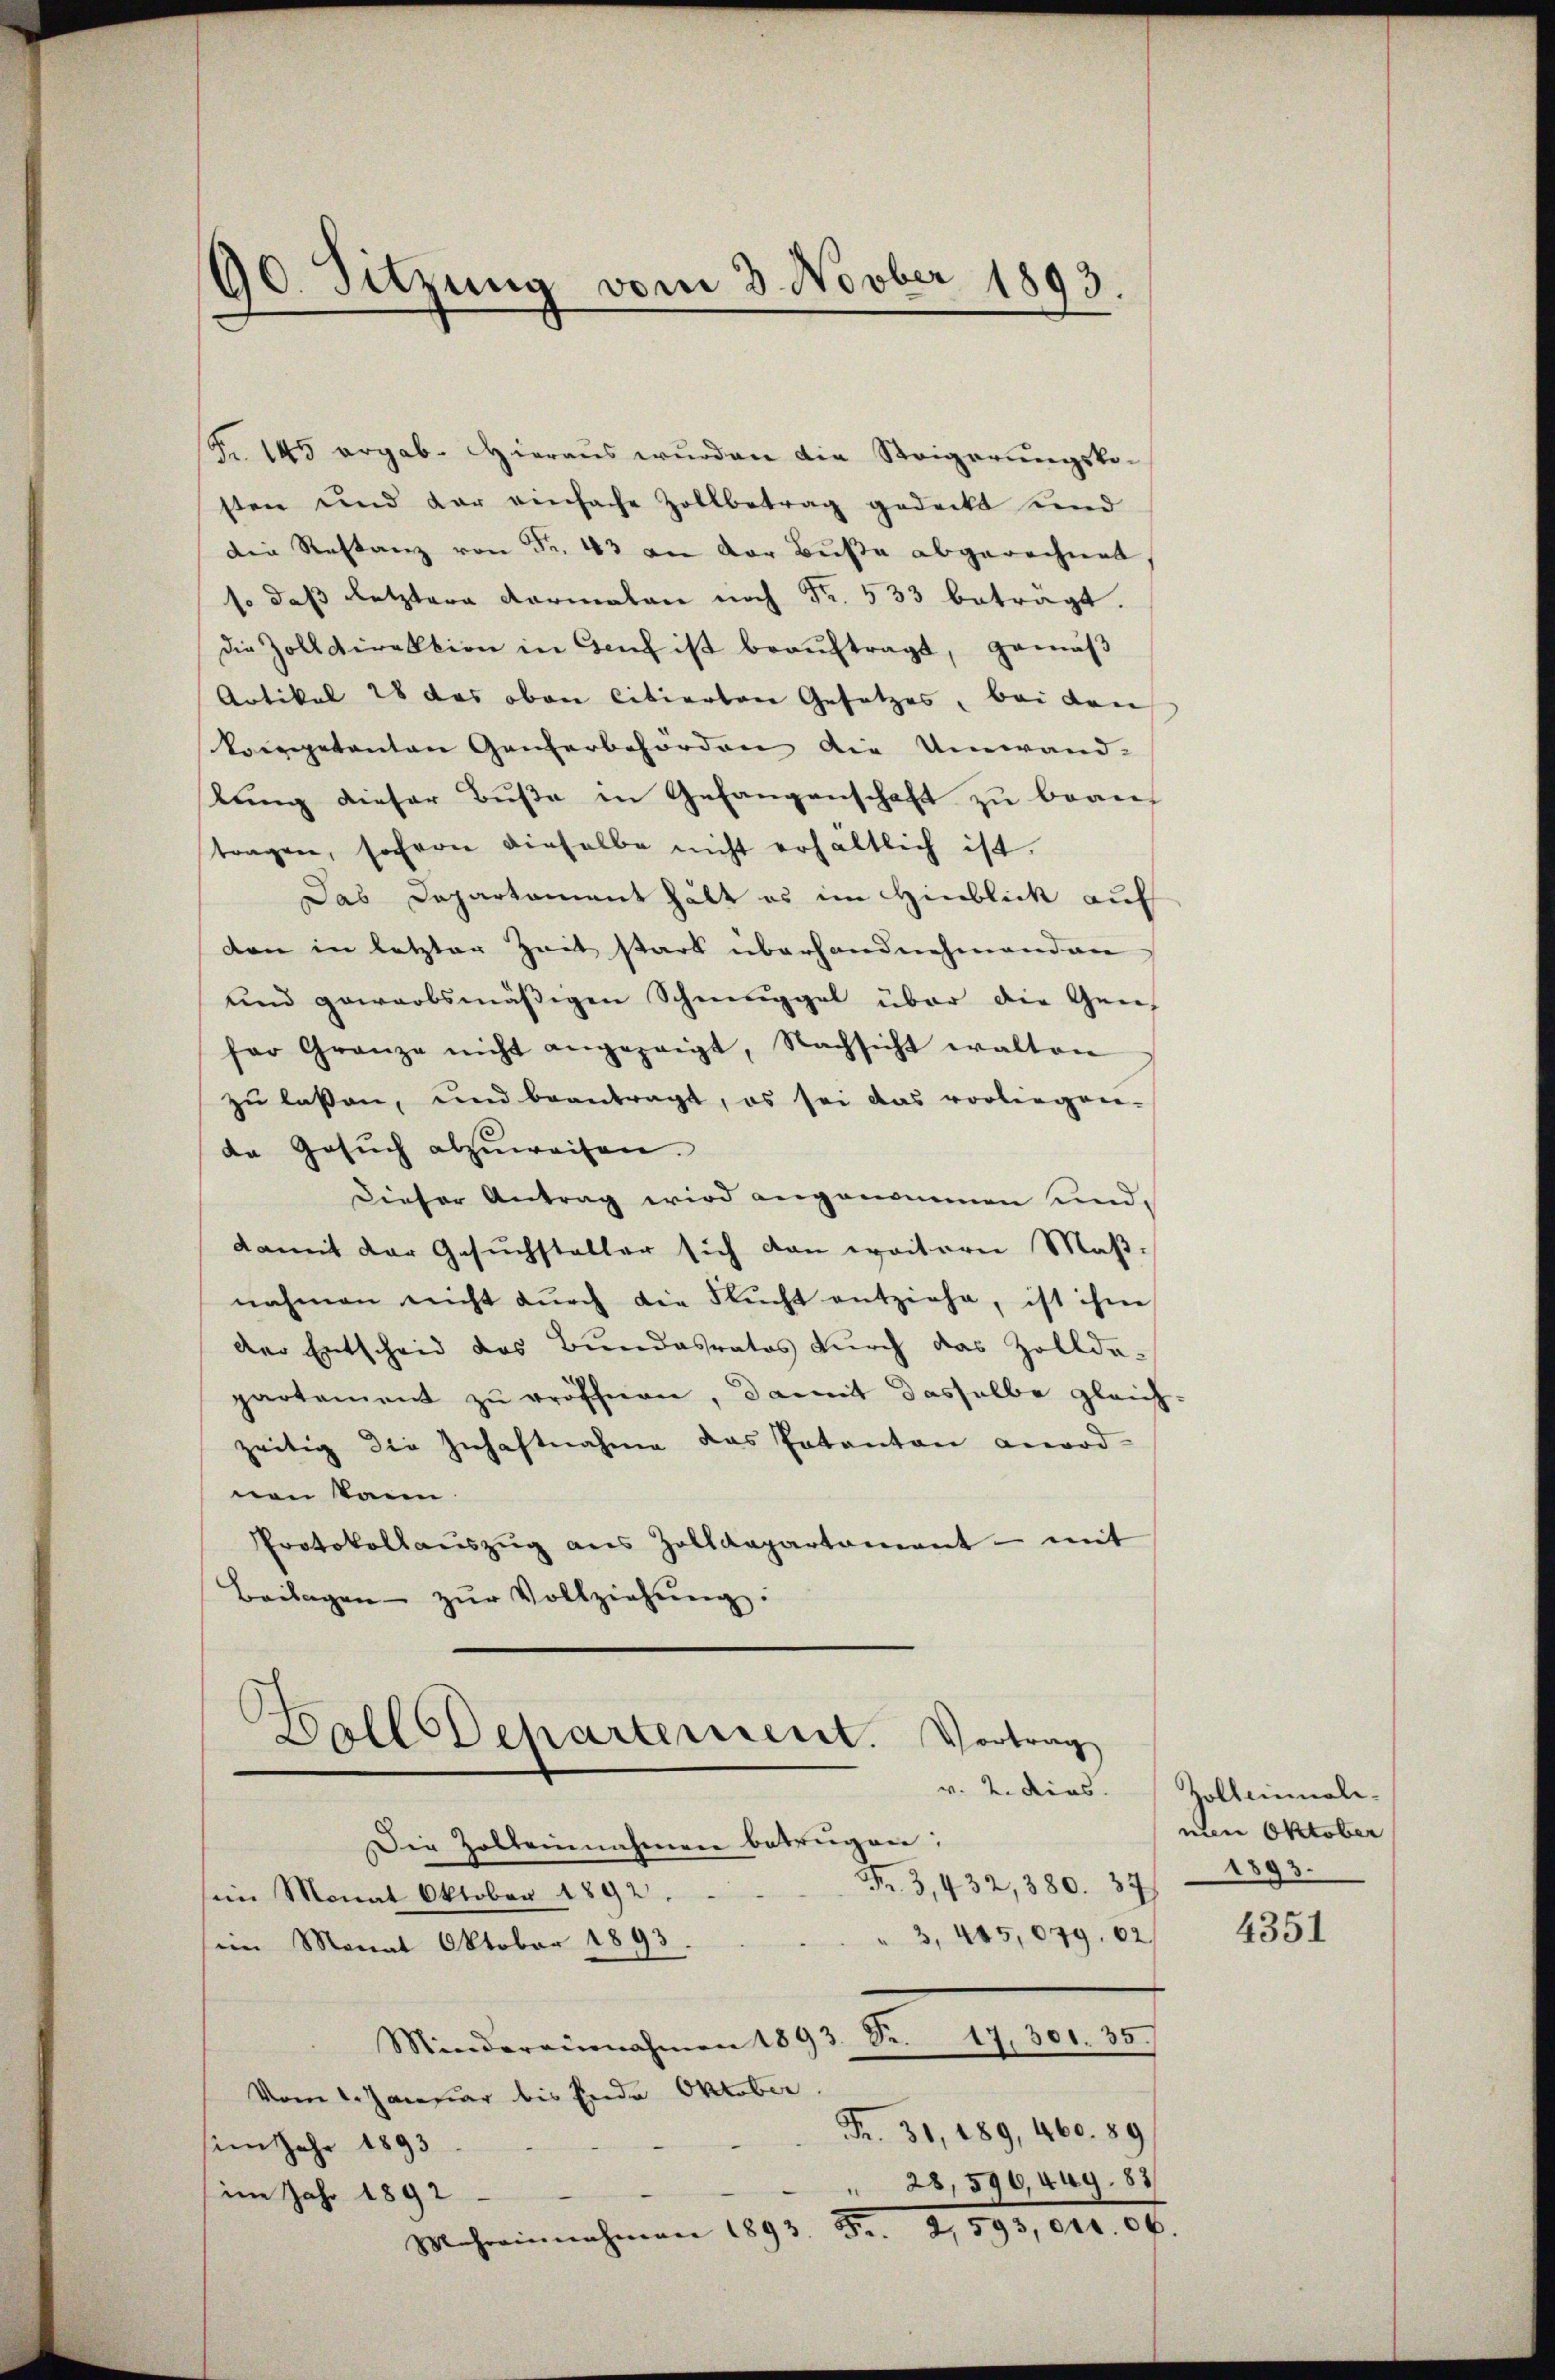
90. Sitzung vom 3. Novber 1893.

Fr. 145 ergab. Hieraus wurden die Steigerungskosten und dar einfache Zollbetrag gedeckt sind
die Restanz von Fr. 43 an der Buße abgerechnet
so daß letztere Formalen noch Fr. 533 beträgt.
die Zolldirektion in Genf ist beaŭftragt, gemäβ
Artikel 28 das oben citierten Gesetzes, bei den
kompetenten Ganterbehörden die Umwand-
lung dieser Buße in Gefangenschaft zu beant
tragen, sofern dieselbe nicht erhältlich ist.
Das Departament hält es im Hinblick auf
den in letzter Zeit stark überhandnehmenden
und geworbsmäßigen Schmuggel über die Gree-
fer Granze nicht angezeigt, Nachsicht walten
zu lassen, und beantragt, es sei das vorliegen-
da Gesŭch abzuweisen.
Dieser Antrag wird angenommen und,
damit der Gesuchsteller sich dan weitern Maß-
nahmen nicht dŭrch die Flŭcht entziehe, ist ihne
der Entscheid des Bundesratos durch das Zollda-
partement zu eröffnen, damit dasselbe gleich
zeitig die Zuhaftnahme das Patanton anord-
nen kann.
Protokollaŭszŭg ans Zolldepartament - mit
Beilagen zŭr Vollziehŭng.
h
Dolldeparterrieret. Vortrag
v. 2. dies
Die Zolternahmen betrügen;
Fr. 3, 432, 380. 37
im Monat Oktober 1892.
3, 445,079. 62
i Monat Oktober 1893.
Mindereinnahmen 1893. Sr. 17, 301. 35.
Vom 1. Januar bis Ende Oktober
Fr. 31, 189, 460. 89
im Jahr 1893
 28, 590, Aug. 83
im Jahr 1892
Mchreinnahmen 1893. 5. G,893, Art. 30.

Zollenmalinen Oktober
1893.

4351